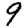
Digit: 9